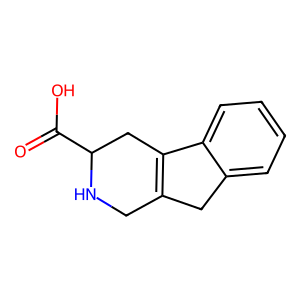
SMILES: O=C(O)C1CC2=C(CN1)Cc1ccccc12
Inhibits HIV replication: No